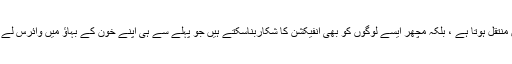
اس کی وجہ یہ ہے کہ ڈینگی وائرس نہ صرف ایک مچھر سے انسان میں منتقل ہوتا ہے ، بلکہ مچھر ایسے لوگوں کو بھی انفیکشن کا شکاربناسکتے ہیں جو پہلے سے ہی اپنے خون کے بہاؤ میں وائرس لے کر جاسکتے ہیں (ان کے ساتھ یا اس کے بغیر علامات ظاہر کرتے ہیں)۔